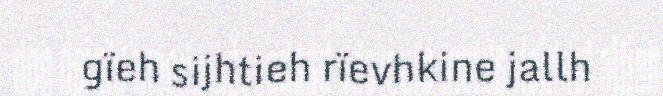
gïeh sijhtieh rïevhkine jallh